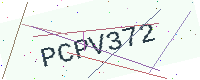
Text: PCPV372